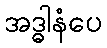
အဒ္ဓါနံပေ